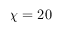
\chi = 2 0